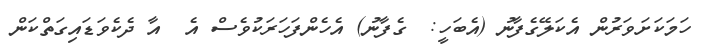
ހަމަކަށަވަރުން އެކަލޭގެފާނު (އެބަހީ:  ގެފާނު) އެހެންފަހަރަކުވެސް އެ  އާ ދެކެވަޑައިގަތްކަން